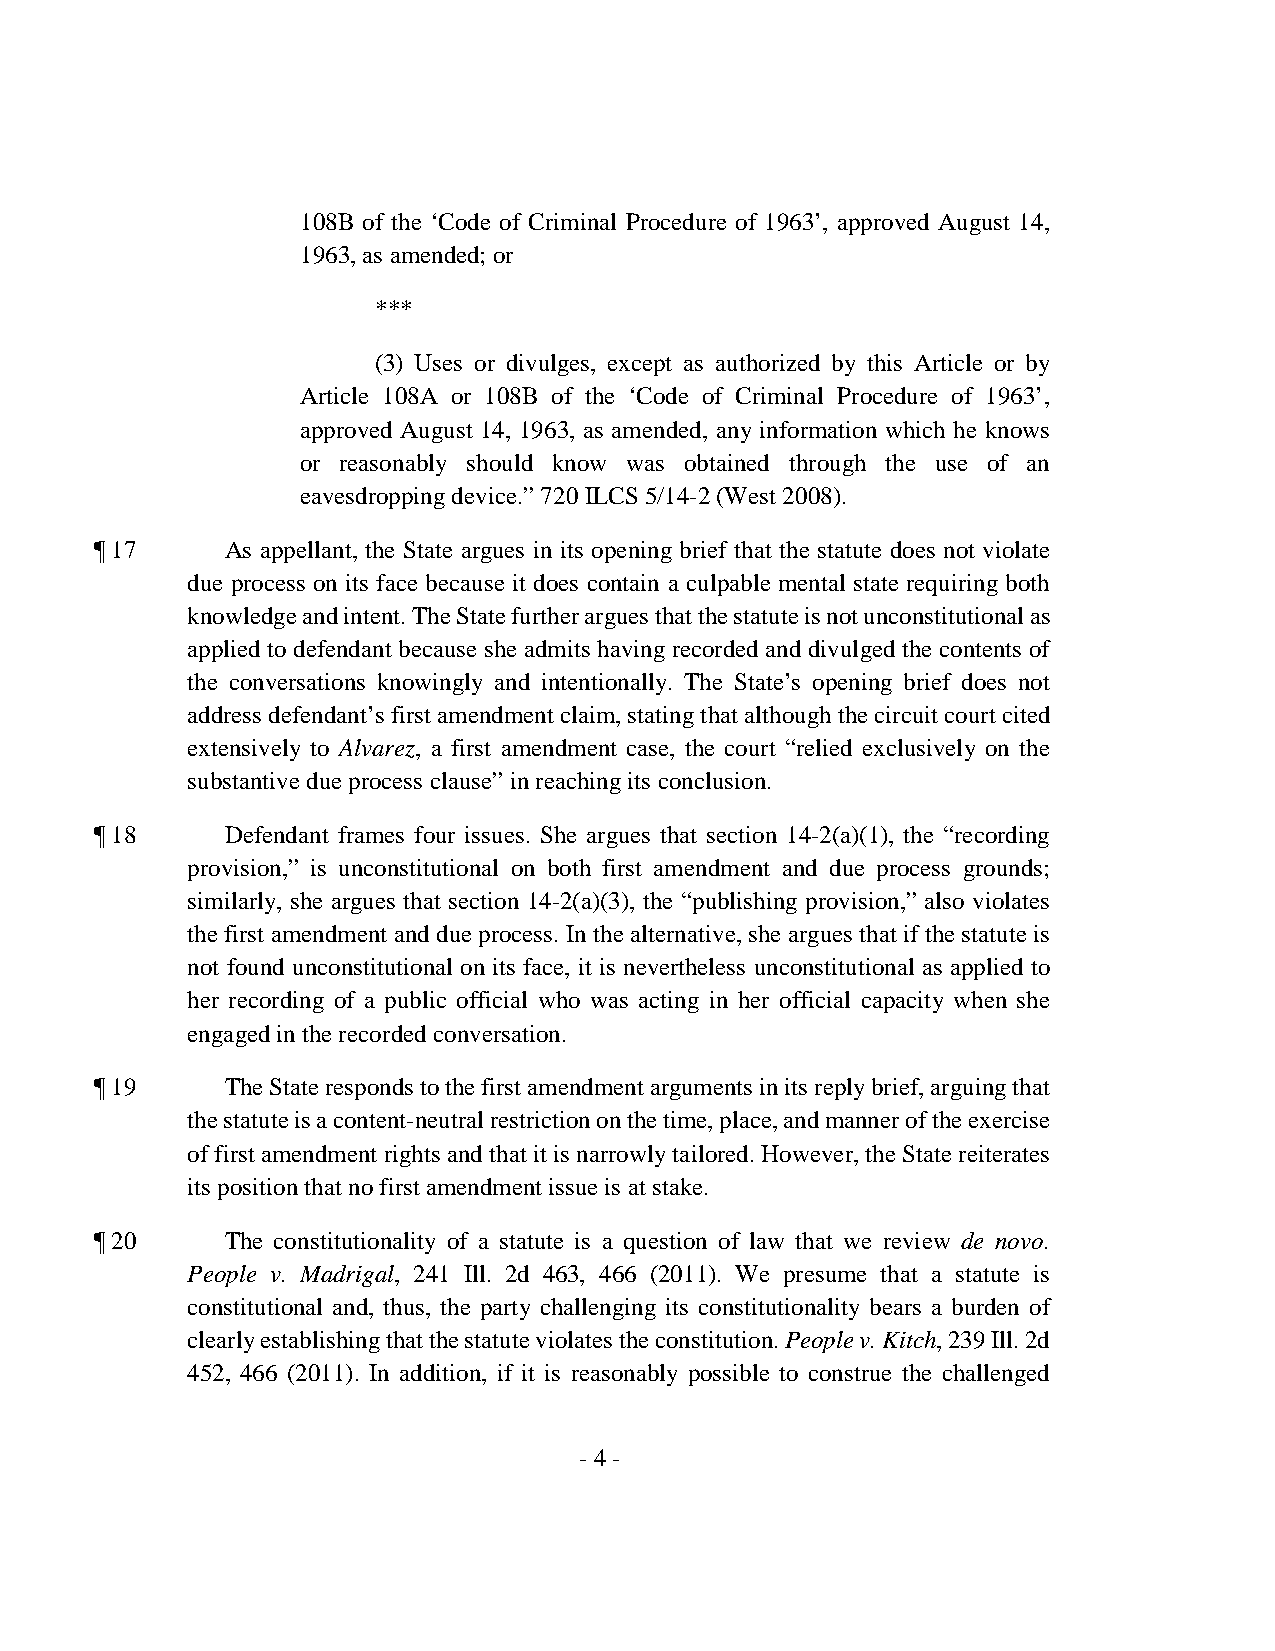
108B of the ‘Code of Criminal Procedure of 1963’, approved August 14,
 1963, as amended; or
 ***
 (3) Uses or divulges, except as authorized by this Article or by
 Article 108A or 108B of the ‘Code of Criminal Procedure of 1963’,
 approved August 14, 1963, as amended, any information which he knows
 or reasonably should know was obtained through the use of an
 eavesdropping device.” 720 ILCS 5/14-2 (West 2008).
 ¶ 17     As appellant, the State argues in its opening brief that the statute does not violate
 due process on its face because it does contain a culpable mental state requiring both
 knowledge and intent. The State further argues that the statute is not unconstitutional as
 applied to defendant because she admits having recorded and divulged the contents of
 the conversations knowingly and intentionally. The State’s opening brief does not
 address defendant’s first amendment claim, stating that although the circuit court cited
 extensively to Alvarez, a first amendment case, the court “relied exclusively on the
 substantive due process clause” in reaching its conclusion.
 ¶ 18     Defendant frames four issues. She argues that section 14-2(a)(1), the “recording
 provision,” is unconstitutional on both first amendment and due process grounds;
 similarly, she argues that section 14-2(a)(3), the “publishing provision,” also violates
 the first amendment and due process. In the alternative, she argues that if the statute is
 not found unconstitutional on its face, it is nevertheless unconstitutional as applied to
 her recording of a public official who was acting in her official capacity when she
 engaged in the recorded conversation.
 ¶ 19     The State responds to the first amendment arguments in its reply brief, arguing that
 the statute is a content-neutral restriction on the time, place, and manner of the exercise
 of first amendment rights and that it is narrowly tailored. However, the State reiterates
 its position that no first amendment issue is at stake.
 ¶ 20     The constitutionality of a statute is a question of law that we review de novo.
 People v. Madrigal, 241 Ill. 2d 463, 466 (2011). We presume that a statute is
 constitutional and, thus, the party challenging its constitutionality bears a burden of
 clearly establishing that the statute violates the constitution. People v. Kitch, 239 Ill. 2d
 452, 466 (2011). In addition, if it is reasonably possible to construe the challenged
 - 4 -